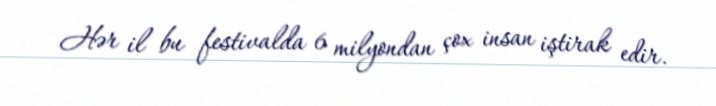
Hər il bu festivalda 6 milyondan çox insan iştirak edir.